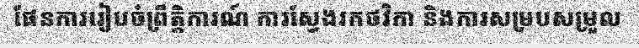
ផែនការរៀបចំព្រឹត្តិការណ៍ ការស្វែងរកថវិកា និងការសម្របសម្រួល